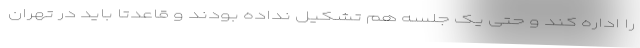
را اداره کند و حتی یک جلسه هم تشکیل نداده بودند و قاعدتا باید در تهران